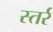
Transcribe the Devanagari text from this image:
स्तर्र